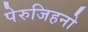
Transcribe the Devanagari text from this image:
पेरुजिहनो